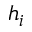
h _ { i }